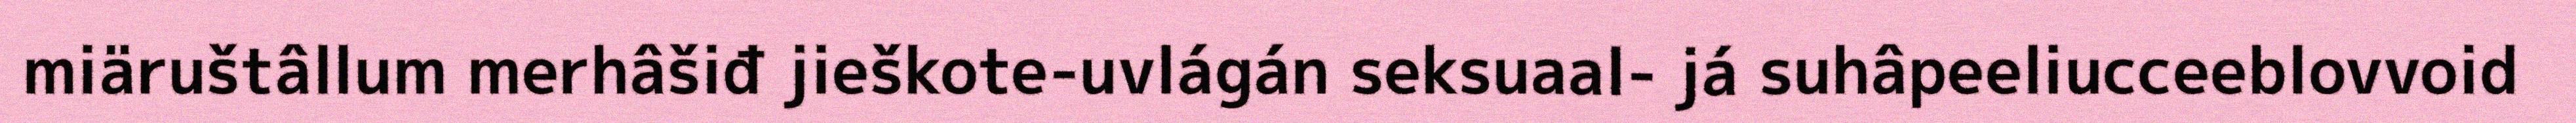
miäruštâllum merhâšiđ jieškote-uvlágán seksuaal- já suhâpeeliucceeblovvoid